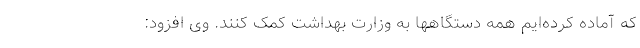
که آماده کرده‌ایم همه دستگاهها به وزارت بهداشت کمک کنند. وی افزود: